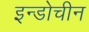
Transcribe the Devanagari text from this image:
इन्डोचीन